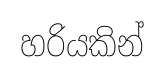
හරියකින්